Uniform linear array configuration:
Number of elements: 32
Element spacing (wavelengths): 0.5
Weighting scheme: uniform
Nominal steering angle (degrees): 0
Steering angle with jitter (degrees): -1.987
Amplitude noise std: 0.05
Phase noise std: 0.05

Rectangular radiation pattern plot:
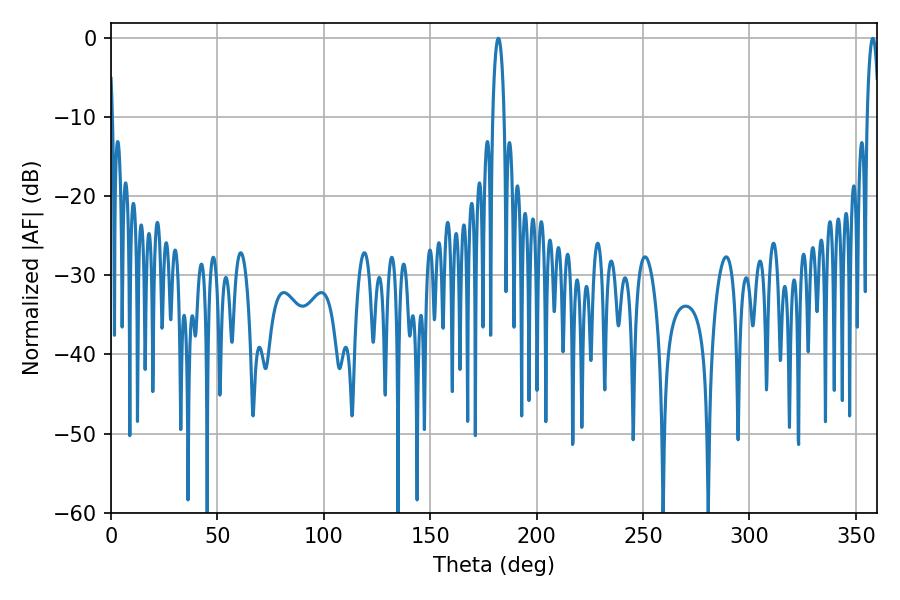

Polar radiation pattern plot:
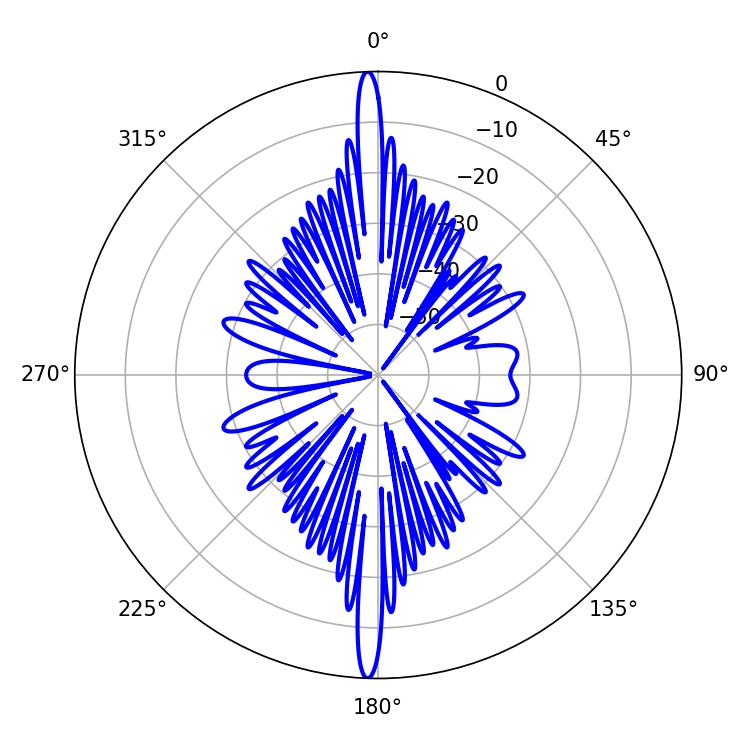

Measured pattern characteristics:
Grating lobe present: FALSE
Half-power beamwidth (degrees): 3.06
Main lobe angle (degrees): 181.98